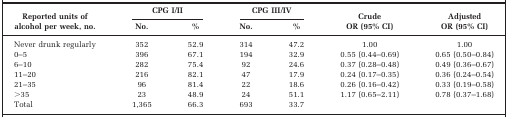
| <ROWSPAN=2> Reported units of alcohol per week, no. | <COLSPAN=2> CPG I/II | <COLSPAN=2> CPG III/IV | <ROWSPAN=2> Crude OR (95% CI) | <ROWSPAN=2> Adjusted OR (95% CI) |
 | No. | % | No. | % |
 | --- | --- | --- | --- | --- | --- | --- |
 | Never drunk regularly | 352 | 52.9 | 314 | 47.2 | 1.00 | 1.00 |
 | 0–5 | 396 | 67.1 | 194 | 32.9 | 0.55 (0.44–0.69) | 0.65 (0.50–0.84) |
 | 6–10 | 282 | 75.4 | 92 | 24.6 | 0.37 (0.28–0.48) | 0.49 (0.36–0.67) |
 | 11–20 | 216 | 82.1 | 47 | 17.9 | 0.24 (0.17–0.35) | 0.36 (0.24–0.54) |
 | 21–35 | 96 | 81.4 | 22 | 18.6 | 0.26 (0.16–0.42) | 0.33 (0.19–0.58) |
 | >35 | 23 | 48.9 | 24 | 51.1 | 1.17 (0.65–2.11) | 0.78 (0.37–1.68) |
 | Total | 1,365 | 66.3 | 693 | 33.7 |  |  |